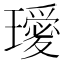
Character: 𭺆